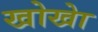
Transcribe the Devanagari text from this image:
खोखाे